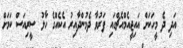
އަދި ދެ މީހަކަށް އައިޖީއެމްއެޗްގައި ފަރުވާ ދެމުންދާއިރު އެކެއްގެ ހާލު ސީރިއަަސް ކަމަށް